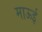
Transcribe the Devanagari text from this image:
माऊई